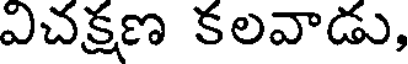
విచక్షణ కలవాడు,